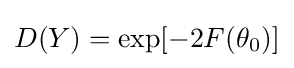
D(Y)=\exp[-2F(\theta _{0})]